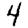
Digit: 4